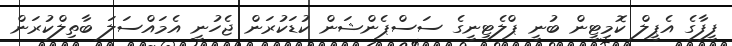
ފީފާގެ އެޕީލް ކޮމިޓީން ބުނީ ޕްލެޓިނީގެ ސަސްޕެންޝަން ކުޑަކުރަން ޖެހުނީ އެމައްސަލަ ބާތިލްކުރަން